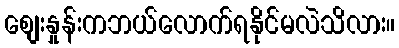
စျေးနှုန်းကဘယ်လောက်ရနိုင်မလဲသိလား။